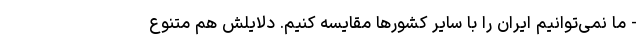
- ما نمی‌توانیم ایران را با سایر کشورها مقایسه کنیم. دلایلش هم متنوع